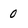
Character: 0